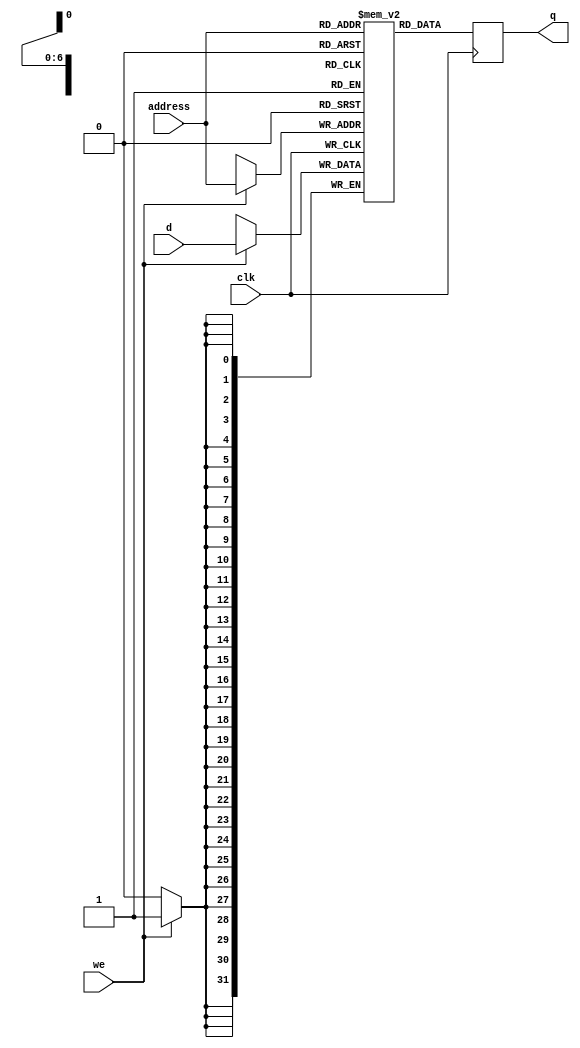
module RAM128x32 
#(
  parameter Data_width = 32,  //# of bits in word
            Addr_width = 7  // # of address bits
  )
  (  //ports
    input wire clk,
    input wire we,
    input wire [(Addr_width-1):0] address, 
    input wire [(Data_width-1):0] d,
    output wire [(Data_width-1):0] q
  );

reg [Data_width-1:0] ram[2**Addr_width-1:0];
reg [Data_width-1:0] data_reg;

always@(posedge clk)
begin
if (we)
ram [address] <= d;
data_reg <= ram[address];
end
assign q = data_reg;
endmodule